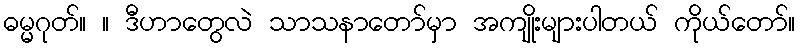
ဓမ္မဂုတ်။ ။ ဒီဟာတွေလဲ သာသနာတော်မှာ အကျိုးများပါတယ် ကိုယ်တော်။